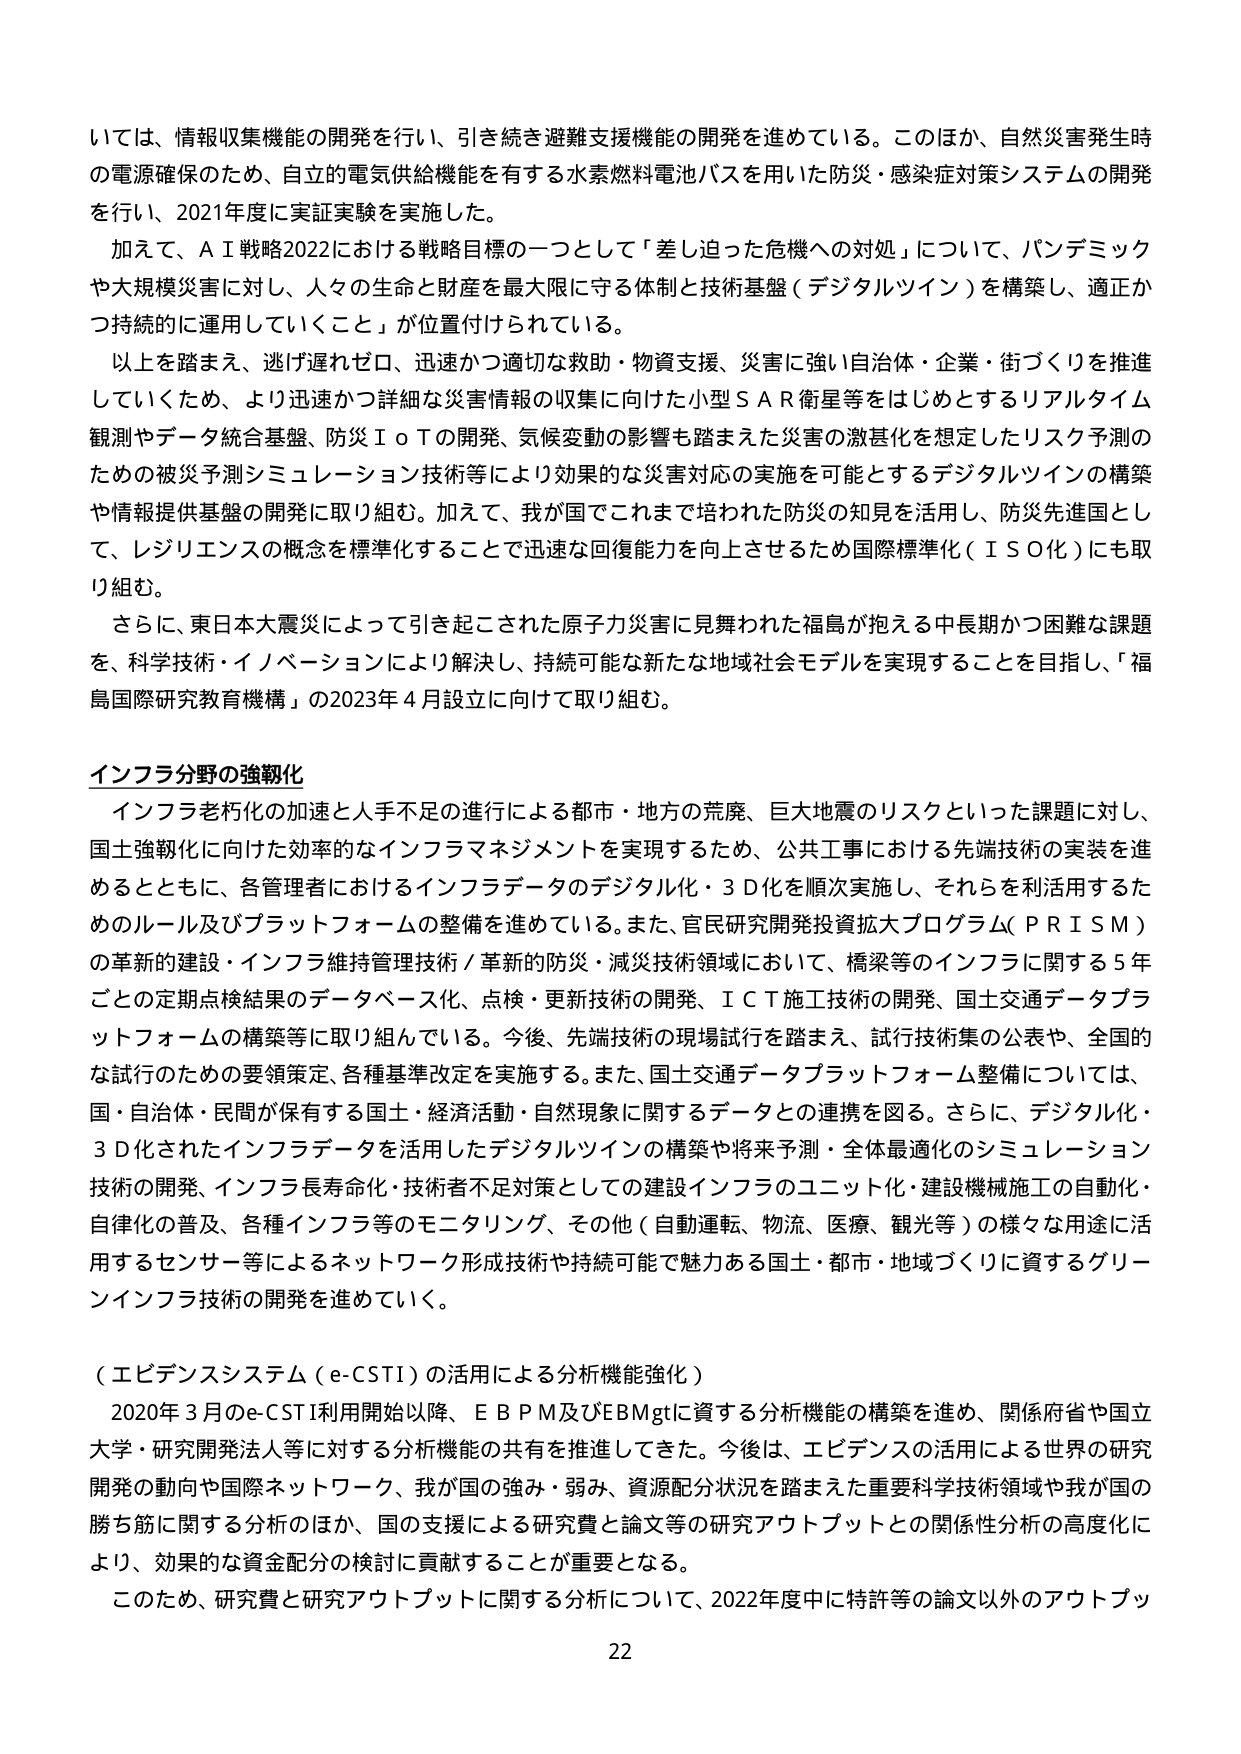
いては、情報収集機能の開発を行い、引き続き避難支援機能の開発を進めている。このほか、自然災害発生時の電源確保のため、自立的電気供給機能を有する水素燃料電池バスを用いた防災・感染症対策システムの開発を行い、2021年度に実証実験を実施した。

加えて、ＡＩ戦略2022における戦略目標の一つとして「差し迫った危機への対処」について、パンデミックや大規模災害に対し、人々の生命と財産を最大限に守る体制と技術基盤（デジタルツイン）を構築し、適正かつ持続的に運用していくこと」が位置付けられている。

以上を踏まえ、逃げ遅れゼロ、迅速かつ適切な救助・物資支援、災害に強い自治体・企業・街づくりを推進していくため、より迅速かつ詳細な災害情報の収集に向けた小型ＳＡＲ衛星等をはじめとするリアルタイム観測やデータ統合基盤、防災ＩｏＴの開発、気候変動の影響も踏まえた災害の激甚化を想定したリスク予測のための被災予測シミュレーション技術等により効果的な災害対応の実施を可能とするデジタルツインの構築や情報提供基盤の開発に取り組む。加えて、我が国でこれまで培われた防災の知見を活用し、防災先進国として、レジリエンスの概念を標準化することで迅速な回復能力を向上させるため国際標準化（ＩＳＯ化）にも取り組む。

さらに、東日本大震災によって引き起こされた原子力災害に見舞われた福島が抱える中長期かつ困難な課題を、科学技術・イノベーションにより解決し、持続可能な新たな地域社会モデルを実現することを目指し、「福島国際研究教育機構」の2023年4月設立に向けて取り組む。

インフラ分野の強靭化

インフラ老朽化の加速と人手不足の進行による都市・地方の荒廃、巨大地震のリスクといった課題に対し、国土強靭化に向けた効率的なインフラマネジメントを実現するため、公共工事における先端技術の実装を進めるとともに、各管理者におけるインフラデータのデジタル化・３Ｄ化を順次実施し、それらを活用するためのルール及びプラットフォームの整備を進めている。また、官民研究開発投資拡大プログラム（ＰＲＩＳＭ）の革新的建設・インフラ維持管理技術／革新的防災・減災技術領域において、橋梁等のインフラに関する5年ごとの定期点検結果のデータベース化、点検・更新技術の開発、ＩＣＴ施工技術の開発、国土交通データプラットフォームの構築等に取り組んでいる。今後、先端技術の現場試行を踏まえ、試行技術集の公表や、全国的な試行のための要領策定、各種基準改定を実施する。また、国土交通データプラットフォーム整備については、国・自治体・民間が保有する国土・経済活動・自然現象に関するデータとの連携を図る。さらに、デジタル化・３Ｄ化されたインフラデータを活用したデジタルツインの構築や将来予測・全体最適化のシミュレーション技術の開発、インフラ長寿命化・技術者不足対策としての建設インフラのユニット化・建設機械施工の自動化・自律化の普及、各種インフラ等のモニタリング、その他（自動運転、物流、医療、観光等）の様々な用途に活用するセンサー等によるネットワーク形成技術や持続可能で魅力ある国土・都市・地域づくりに資するグリーンインフラ技術の開発を進めていく。

（エビデンスシステム（e-CSTI）の活用による分析機能強化）

2020年3月のe-CSTI利用開始以降、ＥＢＰＭ及びＥＢＭｇｔに資する分析機能の構築を進め、関係府省や国立大学・研究開発法人等に対する分析機能の共有を推進してきた。今後は、エビデンスの活用による世界の研究開発の動向や国際ネットワーク、我が国の強み・弱み、資源配分状況を踏まえた重要科学技術領域や我が国の勝ち筋に関する分析のほか、国の支援による研究費と論文等の研究アウトプットとの関係性分析の高度化により、効果的な資金配分の検討に貢献することが重要となる。

このため、研究費と研究アウトプットに関する分析について、2022年度中に特許等の論文以外のアウトプッ

22